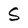
Character: S